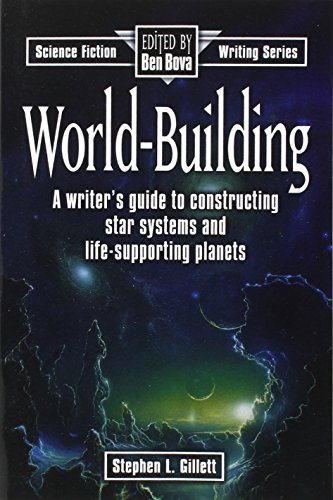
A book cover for World-Building (Science Fiction Writing); Stephen L. Gillett; Science Fiction & Fantasy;